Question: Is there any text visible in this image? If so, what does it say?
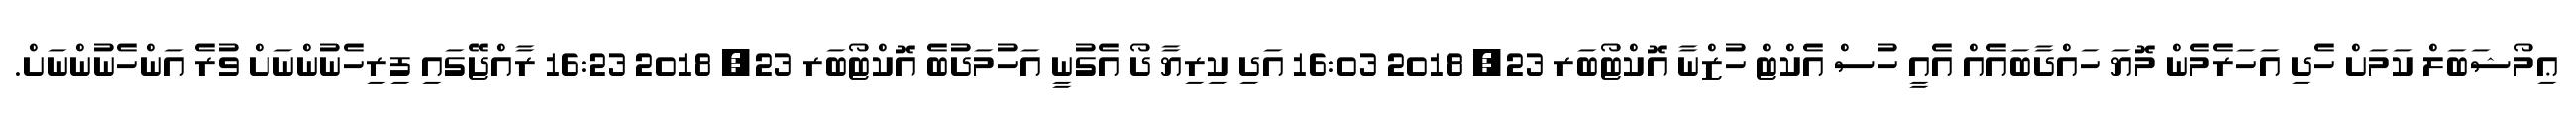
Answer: ޢިމޯޝަބަލް ކަމަށް ހެދި އަހަރެމެން މޮޔަ ހައްދާބައެއް އެއީ ހުސް އެކްޓް ހުޒްނާ އޮކްޓޯބަރ 23, 2018 16:03 އަދި ކިރިޔާ ދޯ އެގުނީ އަހުމަދުބެ އޮކްޓޯބަރ 23, 2018 16:23 ރާއްޖޭގައި ފިރިހެނުންނަށް ވުރެ އަންހެނުންނަށް.